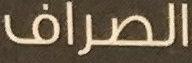
الصراف